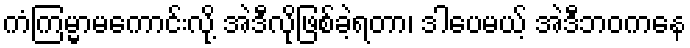
ကံကြမ္မာမကောင်းလို့ အဲဒီလိုဖြစ်ခဲ့ရတာ၊ ဒါပေမယ့် အဲဒီဘဝကနေ